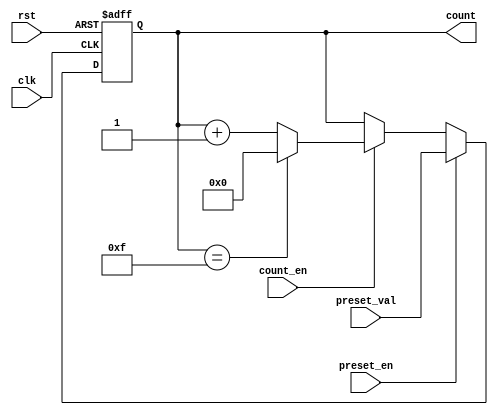
module presettable_counter (
    input wire clk,               // Clock input
    input wire rst,               // Asynchronous reset
    input wire preset_en,         // Preset enable
    input wire [3:0] preset_val,  // Preset value (4-bit)
    input wire count_en,          // Count enable
    output reg [3:0] count        // Counter value (4-bit)
);

    // Asynchronous reset logic
    always @(posedge clk or posedge rst) begin
        if (rst) begin
            count <= 4'b0000;      // Reset counter to 0
        end else if (preset_en) begin
            count <= preset_val;   // Load preset value
        end else if (count_en) begin
            if (count == 4'b1111) begin
                count <= 4'b0000;  // Wrap around on overflow
            end else begin
                count <= count + 1; // Increment counter
            end
        end
    end

endmodule